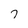
Character: 7